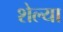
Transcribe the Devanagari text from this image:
शेल्या